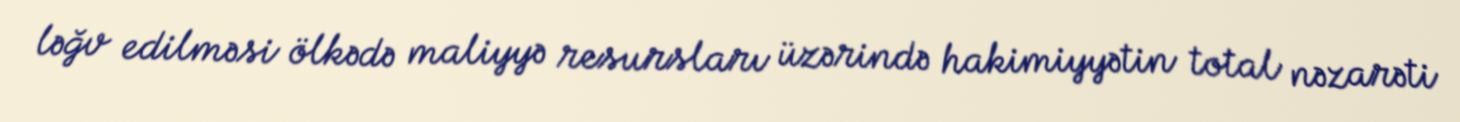
ləğv edilməsi ölkədə maliyyə resursları üzərində hakimiyyətin total nəzarəti